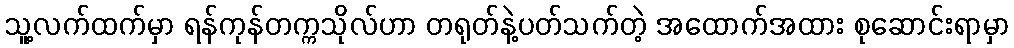
သူ့လက်ထက်မှာ ရန်ကုန်တက္ကသိုလ်ဟာ တရုတ်နဲ့ပတ်သက်တဲ့ အထောက်အထား စုဆောင်းရာမှာ